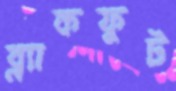
ব্ল্যাকফুট